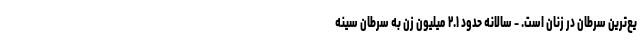
یع‌ترین سرطان در زنان است. - سالانه حدود ۲.۱ میلیون زن به سرطان سینه